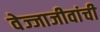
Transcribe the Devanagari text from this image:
वेज्जाजीवांची